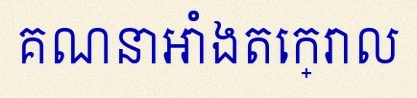
គណនាអាំងតេក្រាល